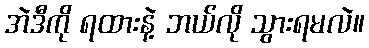
အဲဒီကို ရထားနဲ့ ဘယ်လို သွားရမလဲ။